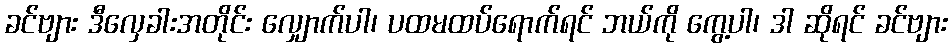
ခင်ဗျား ဒီလှေခါးအတိုင်း လျှောက်ပါ၊ ပထမထပ်ရောက်ရင် ဘယ်ကို ကွေ့ပါ၊ ဒါ ဆိုရင် ခင်ဗျား